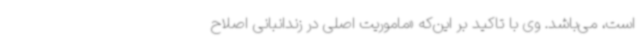
است، می‌باشد. وی با تاکید بر این‌که «ماموریت اصلی در زندانبانی اصلاح